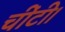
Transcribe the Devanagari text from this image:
चींटी।